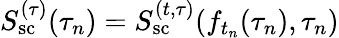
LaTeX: S_{\mathrm{sc}}^{(\tau)}(\tau_{n})=S_{\mathrm{sc}}^{(t,\tau)}(f_{t_{n}}(\tau_{n}),\tau_{n})